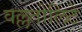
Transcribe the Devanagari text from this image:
वल्लतोलिंटे